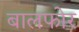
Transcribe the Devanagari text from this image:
बालफोर